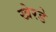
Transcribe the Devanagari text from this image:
खेरडे